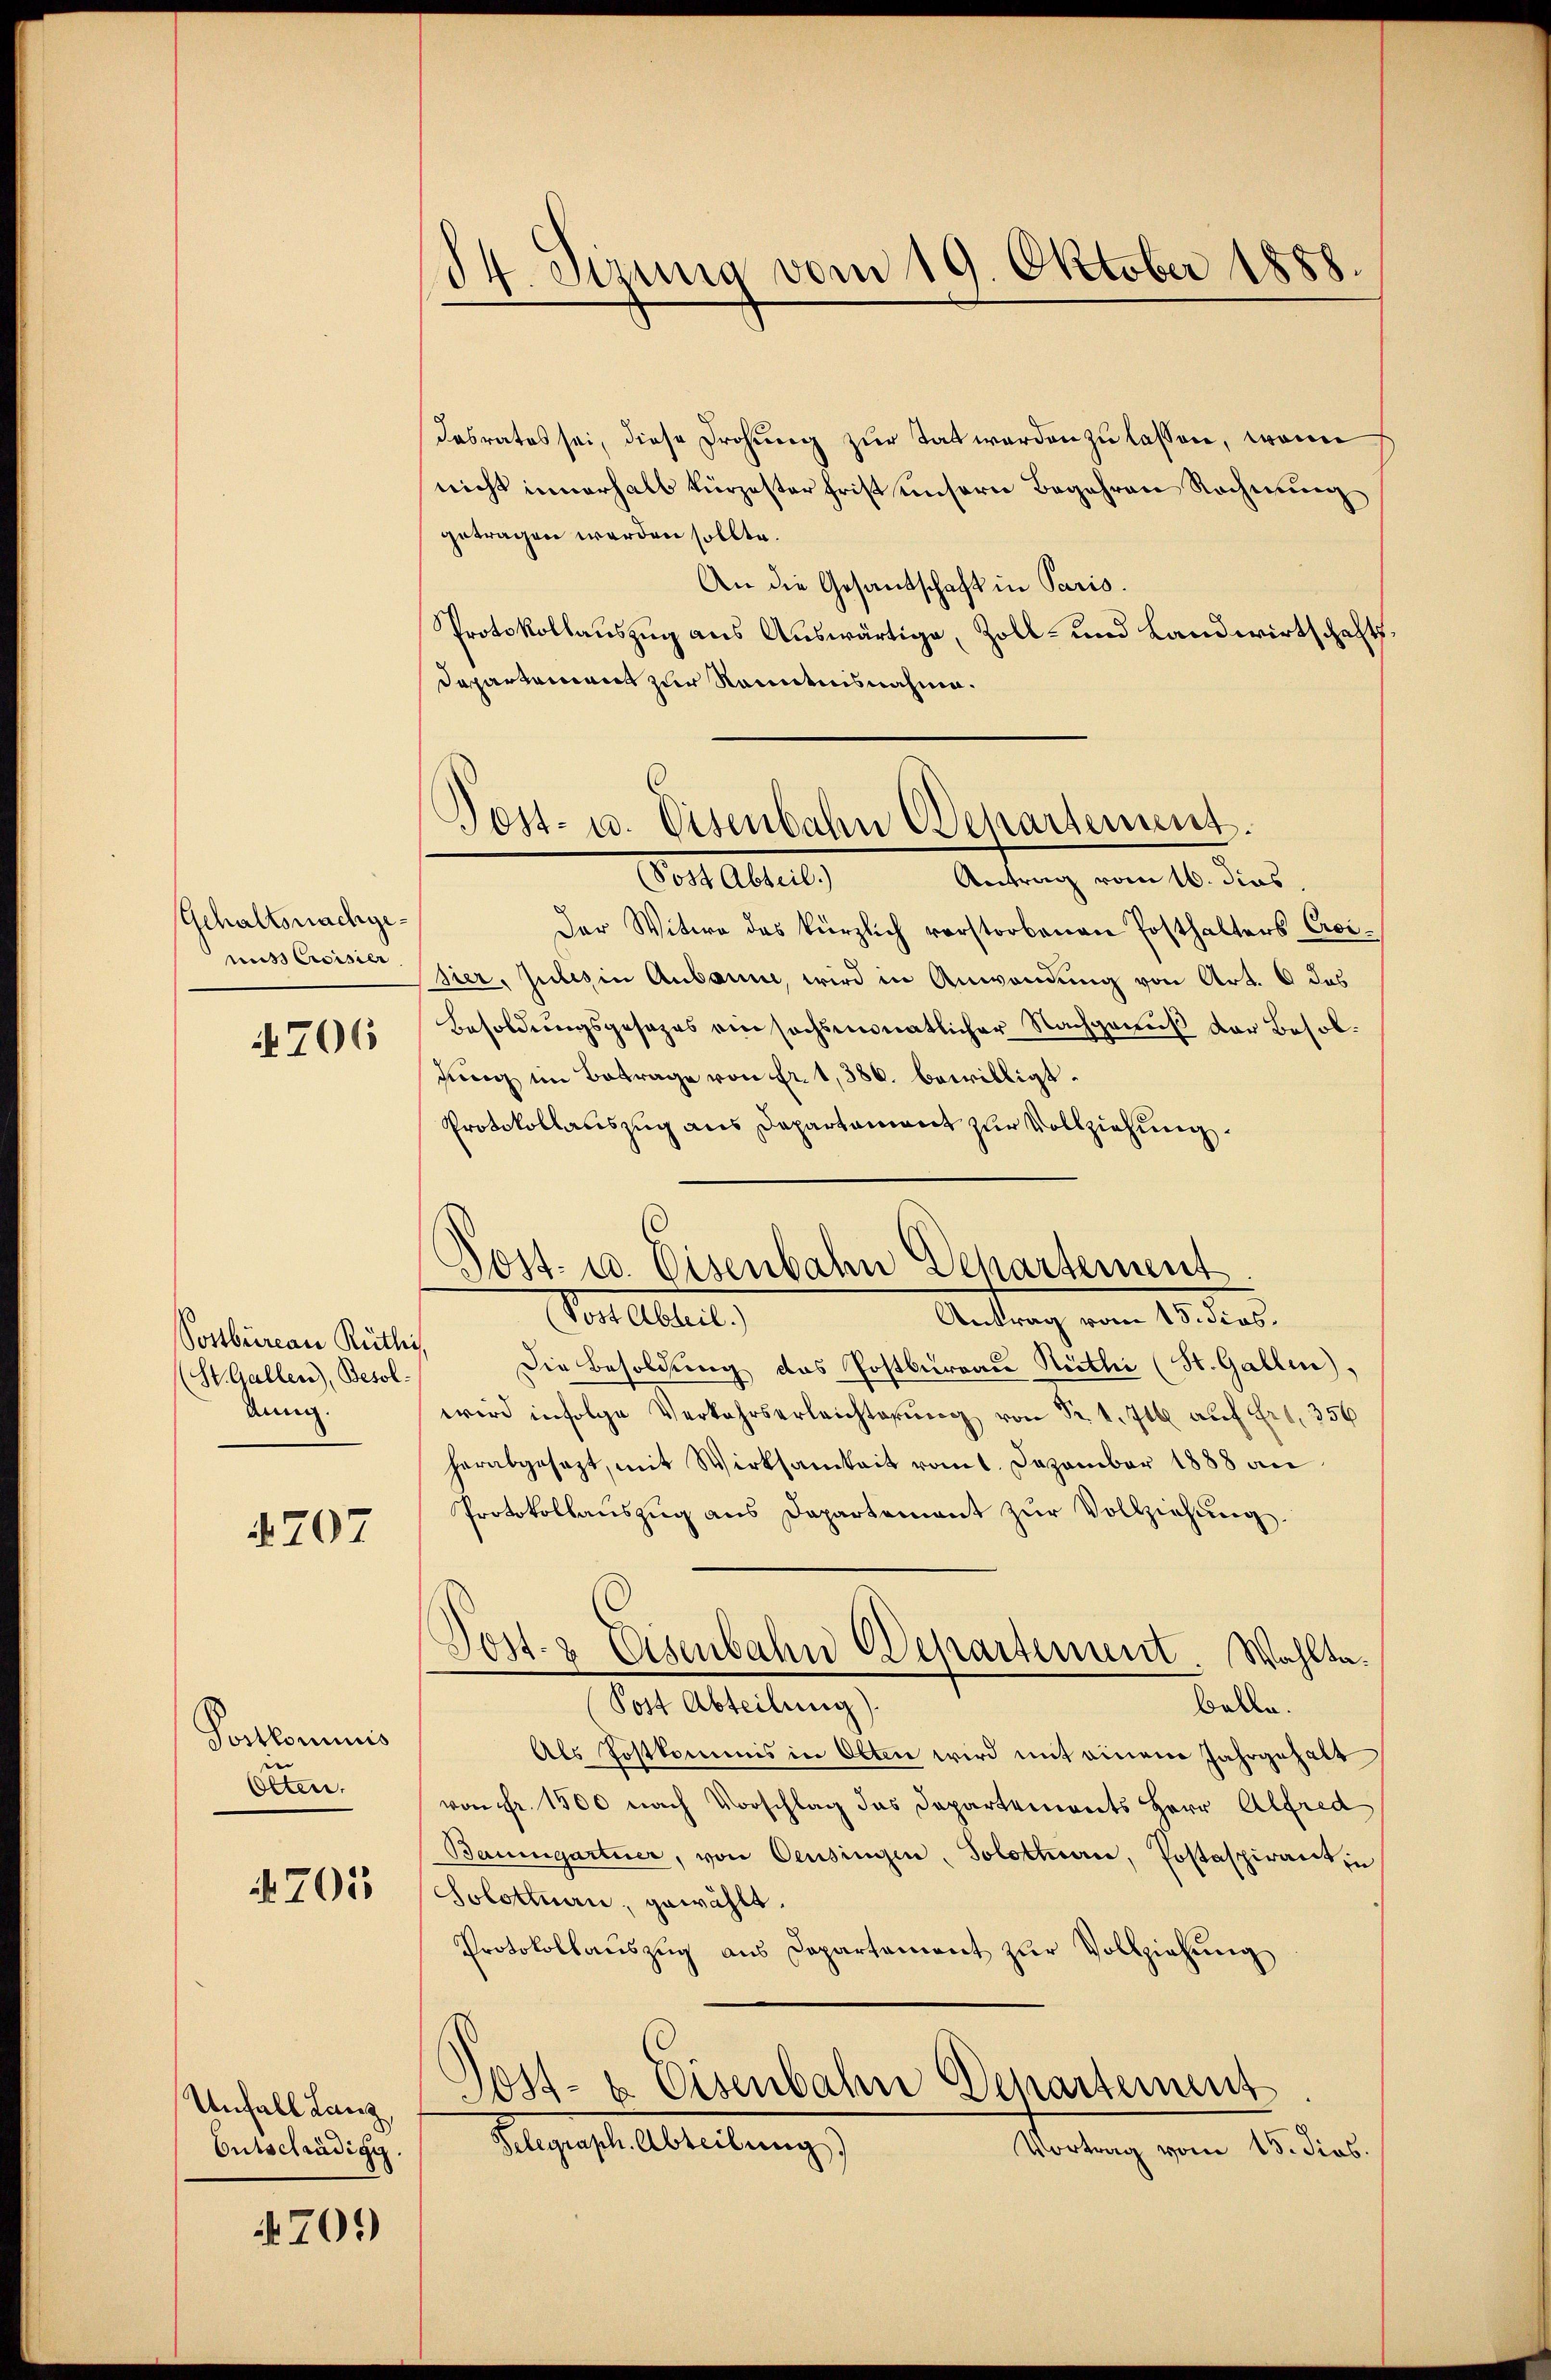
Gehaltsnachgemis Croisier

4706

Postbüreau Rüthi
(St. Gallen), Besoldung.

4707

Portkominis
Otten.

A 203

Unfall Lanz
Entschädigg.

701)

84. Sirung vom 19. Oktober 1888.

Dasrates sei, diese Drohung zur Tat werden zu lassen, wenn
nicht innerhalb kürzester frist unsern Begehren Rechnung
getragen werden sollte.
An die Gesandschaft in Paris.
Protokollauszug aus Auswärtige, Zoll- und Landwirtschafts
Departement zur Kenntnisnahme.

Post- u. Eisenbahn Behartement.
Das Alter,
Antrag vom 16. dies,

Der Witwe des kürzlich vorstorbenen Posthalters Croisier, Julis in Anbaume, wird in Anwendung von Art. 6 das
Besoldungsgesetzes ein sechsmonatlicher Nachgenuß der Besoldung im Betrage von Fr. 1, 386. bewilligt.
Protokollauszug aus Departament zur Vollziehung.
Von alten,
Antrag vom 15. dios.
Die Besoldung das Postbureau Ruthe (St. Gallen),
wird infolge Verkehrserleichterŭng von Fr. 1. 716 auf Fr. 356
herabgesezt, mit Wirksamkeit vom 1. Dezember 1888 an
Protokollauszug aus Departement zŭr Vollziehung.
.
Sost- & Eisenbahn Departement Wahlte.
Post Abteilung).
belle.
Als Postkommis in Olten wird mit einem Jahrgehalt
von Fr. 1500 nach Vorschlag das Departements Herr Alfred
Baumgartner, von Censingen, Solotten, Postaspirantin
Solottnau, gewählt.
Protokollauszug aus Capartement zur Vollziehung
Post- & Eisenbahn Departement
Helges. Abreitung
Vortrag vom 15. dies.

Post- u. Eisenbahn Departement